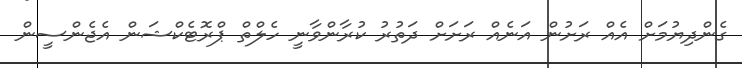
ގެންދިޔުމަށް އެއް ރަށުން އަނެއް ރަށަށް ދަތުރު ކުރާންވާނީ ހެލްތް ޕްރޮޓެކްޝަން އެޖެންސީން